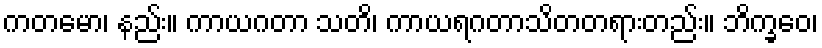
ကတမော၊ နည်း။ ကာယဂတာ သတိ၊ ကာယရဂတာသိတတရားတည်း။ ဘိက္ခဝေ၊